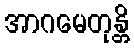
အာဂမေတုန္တိ